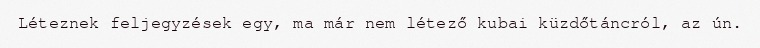
Léteznek feljegyzések egy, ma már nem létező kubai küzdőtáncról, az ún.